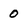
Character: 0